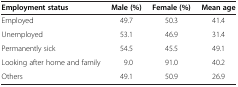
<table><thead><tr><td><b>Employment status</b></td><td><b>Male (%)</b></td><td><b>Female (%)</b></td><td><b>Mean age</b></td></tr></thead><tbody><tr><td>Employed</td><td>49.7</td><td>50.3</td><td>41.4</td></tr><tr><td>Unemployed</td><td>53.1</td><td>46.9</td><td>31.4</td></tr><tr><td>Permanently sick</td><td>54.5</td><td>45.5</td><td>49.1</td></tr><tr><td>Looking after home and family</td><td>9.0</td><td>91.0</td><td>40.2</td></tr><tr><td>Others</td><td>49.1</td><td>50.9</td><td>26.9</td></tr></tbody></table>